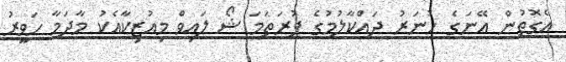
އެގޮތުން އޭނަގެ ހުނަރު ދައްކާލުމުގެ ފުރަތަމަ ޝޯ ލައިވް މިއުޒިކާއެކު މާދަމާ ހަވީރު